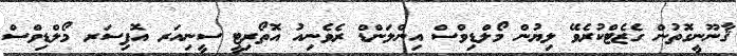
ޤާނޫނީގޮތުން ގެޒެޓްކުރެވޭ ލިޔުން މޯލްޑިވްސް އިންލަންޑް ރެވެނިއު އޮތޯރިޓީ ސީނިއަރ އޮފިސަރ މޯލްޑިވްސް